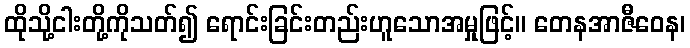
ထိုသို့ငါးတို့ကိုသတ်၍ ရောင်းခြင်းတည်းဟူသောအမှုဖြင့်။ တေနအာဇီဝေန၊